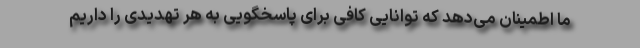
ما اطمینان می‌دهد که توانایی کافی برای پاسخگویی به هر تهدیدی را داریم